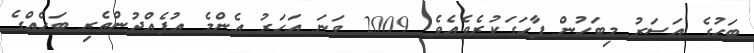
ބަހުގެ އަސަރު މިބަހުން ފާހަގަކުރެވެއެވެ. 2009 ވަނަ އަހަރު އެންމެ އުފެއްދުންތެރި ބަހެއްގެ